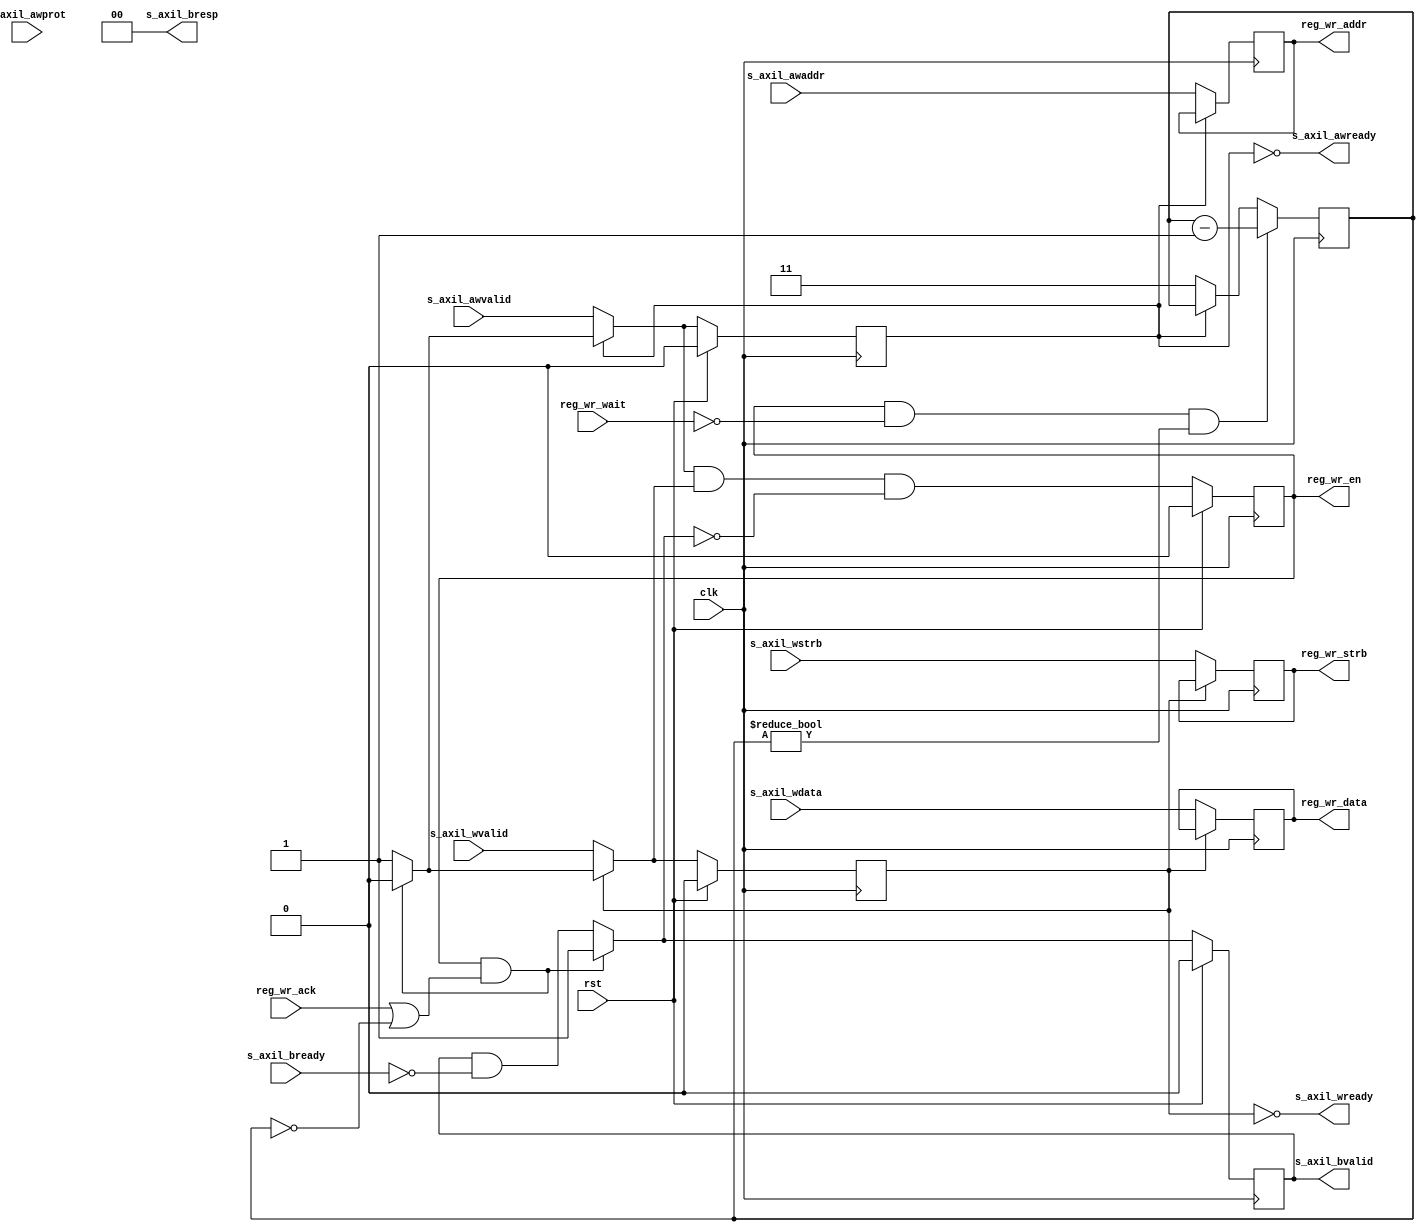
/*

Copyright (c) 2021 Alex Forencich

Permission is hereby granted, free of charge, to any person obtaining a copy
of this software and associated documentation files (the "Software"), to deal
in the Software without restriction, including without limitation the rights
to use, copy, modify, merge, publish, distribute, sublicense, and/or sell
copies of the Software, and to permit persons to whom the Software is
furnished to do so, subject to the following conditions:

The above copyright notice and this permission notice shall be included in
all copies or substantial portions of the Software.

THE SOFTWARE IS PROVIDED "AS IS", WITHOUT WARRANTY OF ANY KIND, EXPRESS OR
IMPLIED, INCLUDING BUT NOT LIMITED TO THE WARRANTIES OF MERCHANTABILITY
FITNESS FOR A PARTICULAR PURPOSE AND NONINFRINGEMENT. IN NO EVENT SHALL THE
AUTHORS OR COPYRIGHT HOLDERS BE LIABLE FOR ANY CLAIM, DAMAGES OR OTHER
LIABILITY, WHETHER IN AN ACTION OF CONTRACT, TORT OR OTHERWISE, ARISING FROM,
OUT OF OR IN CONNECTION WITH THE SOFTWARE OR THE USE OR OTHER DEALINGS IN
THE SOFTWARE.

*/

// Language: Verilog 2001

`resetall
`timescale 1ns / 1ps
`default_nettype none

/*
 * AXI lite register interface module (write)
 */
module axil_reg_if_wr #
(
    // Width of data bus in bits
    parameter DATA_WIDTH = 32,
    // Width of address bus in bits
    parameter ADDR_WIDTH = 32,
    // Width of wstrb (width of data bus in words)
    parameter STRB_WIDTH = (DATA_WIDTH/8),
    // Timeout delay (cycles)
    parameter TIMEOUT = 4
)
(
    input  wire                   clk,
    input  wire                   rst,

    /*
     * AXI-Lite slave interface
     */
    input  wire [ADDR_WIDTH-1:0]  s_axil_awaddr,
    input  wire [2:0]             s_axil_awprot,
    input  wire                   s_axil_awvalid,
    output wire                   s_axil_awready,
    input  wire [DATA_WIDTH-1:0]  s_axil_wdata,
    input  wire [STRB_WIDTH-1:0]  s_axil_wstrb,
    input  wire                   s_axil_wvalid,
    output wire                   s_axil_wready,
    output wire [1:0]             s_axil_bresp,
    output wire                   s_axil_bvalid,
    input  wire                   s_axil_bready,

    /*
     * Register interface
     */
    output wire [ADDR_WIDTH-1:0]  reg_wr_addr,
    output wire [DATA_WIDTH-1:0]  reg_wr_data,
    output wire [STRB_WIDTH-1:0]  reg_wr_strb,
    output wire                   reg_wr_en,
    input  wire                   reg_wr_wait,
    input  wire                   reg_wr_ack
);

parameter TIMEOUT_WIDTH = $clog2(TIMEOUT);

reg [TIMEOUT_WIDTH-1:0] timeout_count_reg = 0, timeout_count_next;

reg [ADDR_WIDTH-1:0] s_axil_awaddr_reg = {ADDR_WIDTH{1'b0}}, s_axil_awaddr_next;
reg s_axil_awvalid_reg = 1'b0, s_axil_awvalid_next;
reg [DATA_WIDTH-1:0] s_axil_wdata_reg = {DATA_WIDTH{1'b0}}, s_axil_wdata_next;
reg [STRB_WIDTH-1:0] s_axil_wstrb_reg = {STRB_WIDTH{1'b0}}, s_axil_wstrb_next;
reg s_axil_wvalid_reg = 1'b0, s_axil_wvalid_next;
reg s_axil_bvalid_reg = 1'b0, s_axil_bvalid_next;

reg reg_wr_en_reg = 1'b0, reg_wr_en_next;

assign s_axil_awready = !s_axil_awvalid_reg;
assign s_axil_wready = !s_axil_wvalid_reg;
assign s_axil_bresp = 2'b00;
assign s_axil_bvalid = s_axil_bvalid_reg;

assign reg_wr_addr = s_axil_awaddr_reg;
assign reg_wr_data = s_axil_wdata_reg;
assign reg_wr_strb = s_axil_wstrb_reg;
assign reg_wr_en = reg_wr_en_reg;

always @* begin
    timeout_count_next = timeout_count_reg;

    s_axil_awaddr_next = s_axil_awaddr_reg;
    s_axil_awvalid_next = s_axil_awvalid_reg;
    s_axil_wdata_next = s_axil_wdata_reg;
    s_axil_wstrb_next = s_axil_wstrb_reg;
    s_axil_wvalid_next = s_axil_wvalid_reg;
    s_axil_bvalid_next = s_axil_bvalid_reg && !s_axil_bready;

    if (reg_wr_en_reg && (reg_wr_ack || timeout_count_reg == 0)) begin
        s_axil_awvalid_next = 1'b0;
        s_axil_wvalid_next = 1'b0;
        s_axil_bvalid_next = 1'b1;
    end

    if (!s_axil_awvalid_reg) begin
        s_axil_awaddr_next = s_axil_awaddr;
        s_axil_awvalid_next = s_axil_awvalid;
        timeout_count_next = TIMEOUT-1;
    end

    if (!s_axil_wvalid_reg) begin
        s_axil_wdata_next = s_axil_wdata;
        s_axil_wstrb_next = s_axil_wstrb;
        s_axil_wvalid_next = s_axil_wvalid;
    end

    if (reg_wr_en && !reg_wr_wait && timeout_count_reg != 0)begin
        timeout_count_next = timeout_count_reg - 1;
    end

    reg_wr_en_next = s_axil_awvalid_next && s_axil_wvalid_next && !s_axil_bvalid_next;
end

always @(posedge clk) begin
    timeout_count_reg <= timeout_count_next;

    s_axil_awaddr_reg <= s_axil_awaddr_next;
    s_axil_awvalid_reg <= s_axil_awvalid_next;
    s_axil_wdata_reg <= s_axil_wdata_next;
    s_axil_wstrb_reg <= s_axil_wstrb_next;
    s_axil_wvalid_reg <= s_axil_wvalid_next;
    s_axil_bvalid_reg <= s_axil_bvalid_next;

    reg_wr_en_reg <= reg_wr_en_next;

    if (rst) begin
        s_axil_awvalid_reg <= 1'b0;
        s_axil_wvalid_reg <= 1'b0;
        s_axil_bvalid_reg <= 1'b0;
        reg_wr_en_reg <= 1'b0;
    end
end

endmodule

`resetall